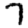
Digit: 7